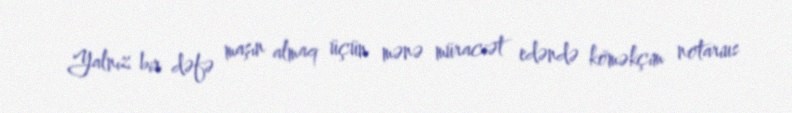
Yalnız bir dəfə maşın almaq üçün mənə müraciət edəndə köməkçim notarius